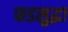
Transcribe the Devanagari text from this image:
फडसुद्धा